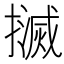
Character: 𢷄